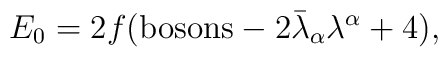
E_0 = 2f({\rm bosons} - 2\bar{\lambda}_{\alpha}\lambda^{\alpha}+4),